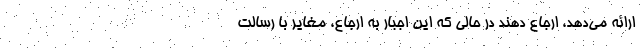
ارائه می‌دهد، ارجاع دهند در حالی که این اجبار به ارجاع، مغایر با رسالت